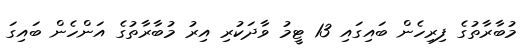
މުބާރާތުގެ ފިރިހެން ބައިގައި 13 ޓީމު ވާދަކުރި އިރު މުބާރާތުގެ އަންހެން ބައިގަ